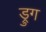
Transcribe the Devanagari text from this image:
ड्रुग